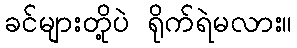
ခင်များတို့ပဲ ရိုက်ရဲမလား။